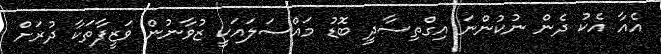
އެއާ އެކު ދެން ނުކުންނަ އިގްތިސާދީ ބޮޑު މައްސަލައަކީ ޒުވާނުން ވަޒީފާތަކާ ދުރަށް